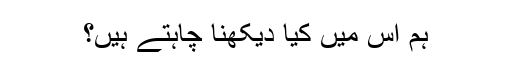
ہم اس میں کیا دیکھنا چاہتے ہیں؟